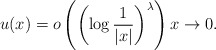
\begin{align*} u(x)=o\left( \left(\log \frac{1}{|x|}\right)^{\lambda}\right) x\to 0. \end{align*}